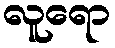
လူရော